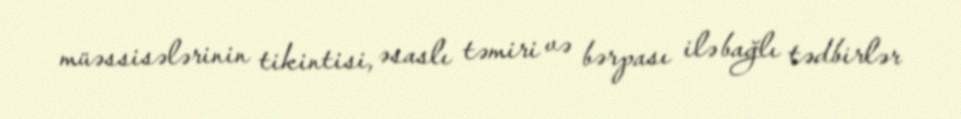
müəssisələrinin tikintisi, əsaslı təmiri və bərpası ilə bağlı tədbirlər